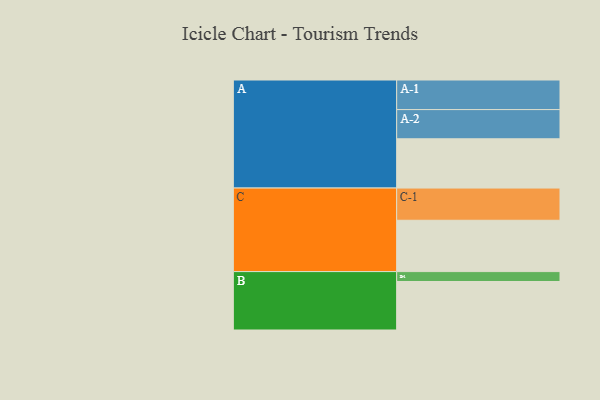
{"axis": {"x": "Segment", "y": "Value"}, "legend": ["", "A", "B", "C"], "data": [{"x": "A", "y": 378, "type": ""}, {"x": "B", "y": 372, "type": ""}, {"x": "C", "y": 394, "type": ""}, {"x": "A-1", "y": 227, "type": "A"}, {"x": "A-2", "y": 224, "type": "A"}, {"x": "B-1", "y": 76, "type": "B"}, {"x": "C-1", "y": 247, "type": "C"}]}